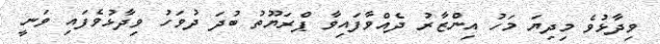
ވިދާޅުވެ މިދިޔަ މަހު އިންޒާރު ދެއްވާފައިވާ ޕްރަޔޫތު ބުދަ ދުވަހު ވިދާޅުވެފައި ވަނީ